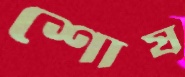
শোষ